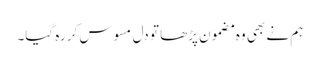
ہم نے بھی وہ مضمون پڑھا تو دل مسوس کر رہ گیا۔